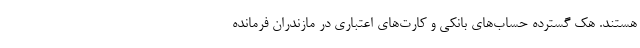
هستند. هک گسترده حساب‌های بانکی و کارت‌های اعتباری در مازندران فرمانده